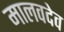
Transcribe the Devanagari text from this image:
मालवदेव